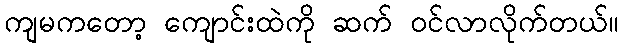
ကျမကတော့ ကျောင်းထဲကို ဆက် ဝင်လာလိုက်တယ်။